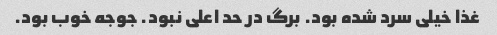
غذا خیلی سرد شده بود. برگ در حد اعلی نبود. جوجه خوب بود.